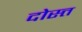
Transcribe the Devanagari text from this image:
दोस्त्त